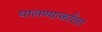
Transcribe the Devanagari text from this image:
घालण्याकरिता